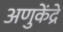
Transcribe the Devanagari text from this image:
अणुकेंद्रे